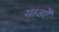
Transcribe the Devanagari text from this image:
यार्डों